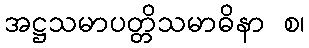
အဋ္ဌသမာပတ္တိသမာဓိနာ စ၊